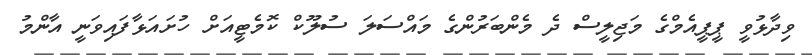
ވިދާޅުވީ ޕީޕީއެމްގެ މަޖިލީސް ދެ މެންބަރުންގެ މައްސަލަ ސުލޫކް ކޮމެޓީއަށް ހުށައަޅާފައިވަނީ އާންމު